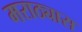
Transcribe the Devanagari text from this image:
मराठ्यास